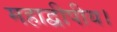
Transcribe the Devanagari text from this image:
महाद्वीपीय।